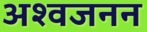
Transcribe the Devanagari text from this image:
अश्वजनन